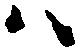
ハ